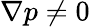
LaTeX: \nabla p\neq 0